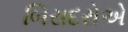
બિરાદરોએ